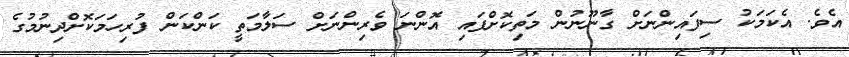
އެވެ. އެކަމަކު ސިފައިންނަށް ގާނޫނުން މަތިކޮށްފައި އޮންނަ ވެރިންނަށް ސަލާމަތީ ކަންކަން ފުރިހަމަކޮށްދިނުމުގެ